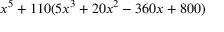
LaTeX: x ^ { 5 } + 1 1 0 ( 5 x ^ { 3 } + 2 0 x ^ { 2 } - 3 6 0 x + 8 0 0 )